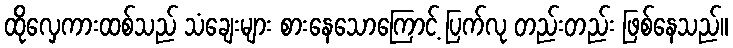
ထိုလှေကားထစ်သည် သံချေးများ စားနေသောကြောင့် ပြက်လု တည်းတည်း ဖြစ်နေသည်။